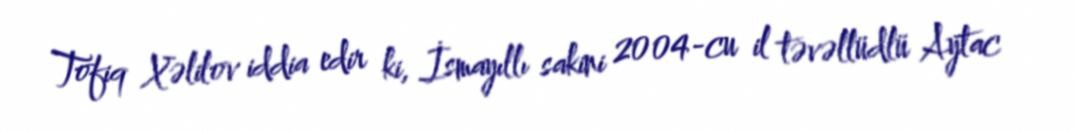
Tofiq Xəlilov iddia edir ki, İsmayıllı sakini 2004-cu il təvəllüdlü Aytac